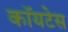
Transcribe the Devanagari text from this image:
कॉयटेस